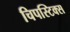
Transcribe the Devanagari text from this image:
चिपस्टिक्स